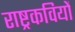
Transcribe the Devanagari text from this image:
राष्ट्रकवियों